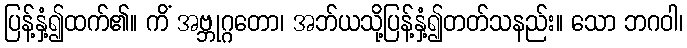
ပြန့်နှံ့၍ထက်၏။ ကိံ အဗ္ဘုဂ္ဂတော၊ အဘ်ယသို့ပြန့်နှံ့၍တတ်သနည်း။ သော ဘဂဝါ၊